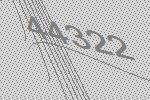
44322